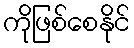
ကိုဖြစ်စေနိုင်